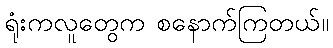
ရုံးကလူတွေက စနောက်ကြတယ်။